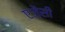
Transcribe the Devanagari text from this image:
एज़ेंसी